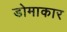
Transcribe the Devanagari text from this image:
डोमाकार